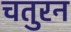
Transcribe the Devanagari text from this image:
चतुरन